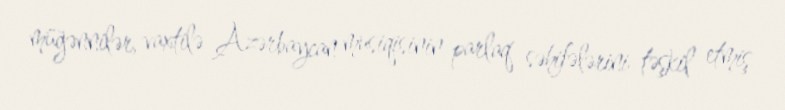
müğənnilər, vaxtilə Azərbaycan musiqisinin parlaq səhifələrini təşkil etmiş